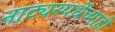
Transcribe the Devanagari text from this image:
नाट्यस्पर्धेच्याही